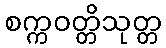
စက္ကဝတ္တိသုတ္တ